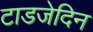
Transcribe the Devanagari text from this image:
टाडजेदिन